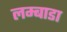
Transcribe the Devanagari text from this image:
लम्बाडा